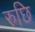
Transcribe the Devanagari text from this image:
रुछि